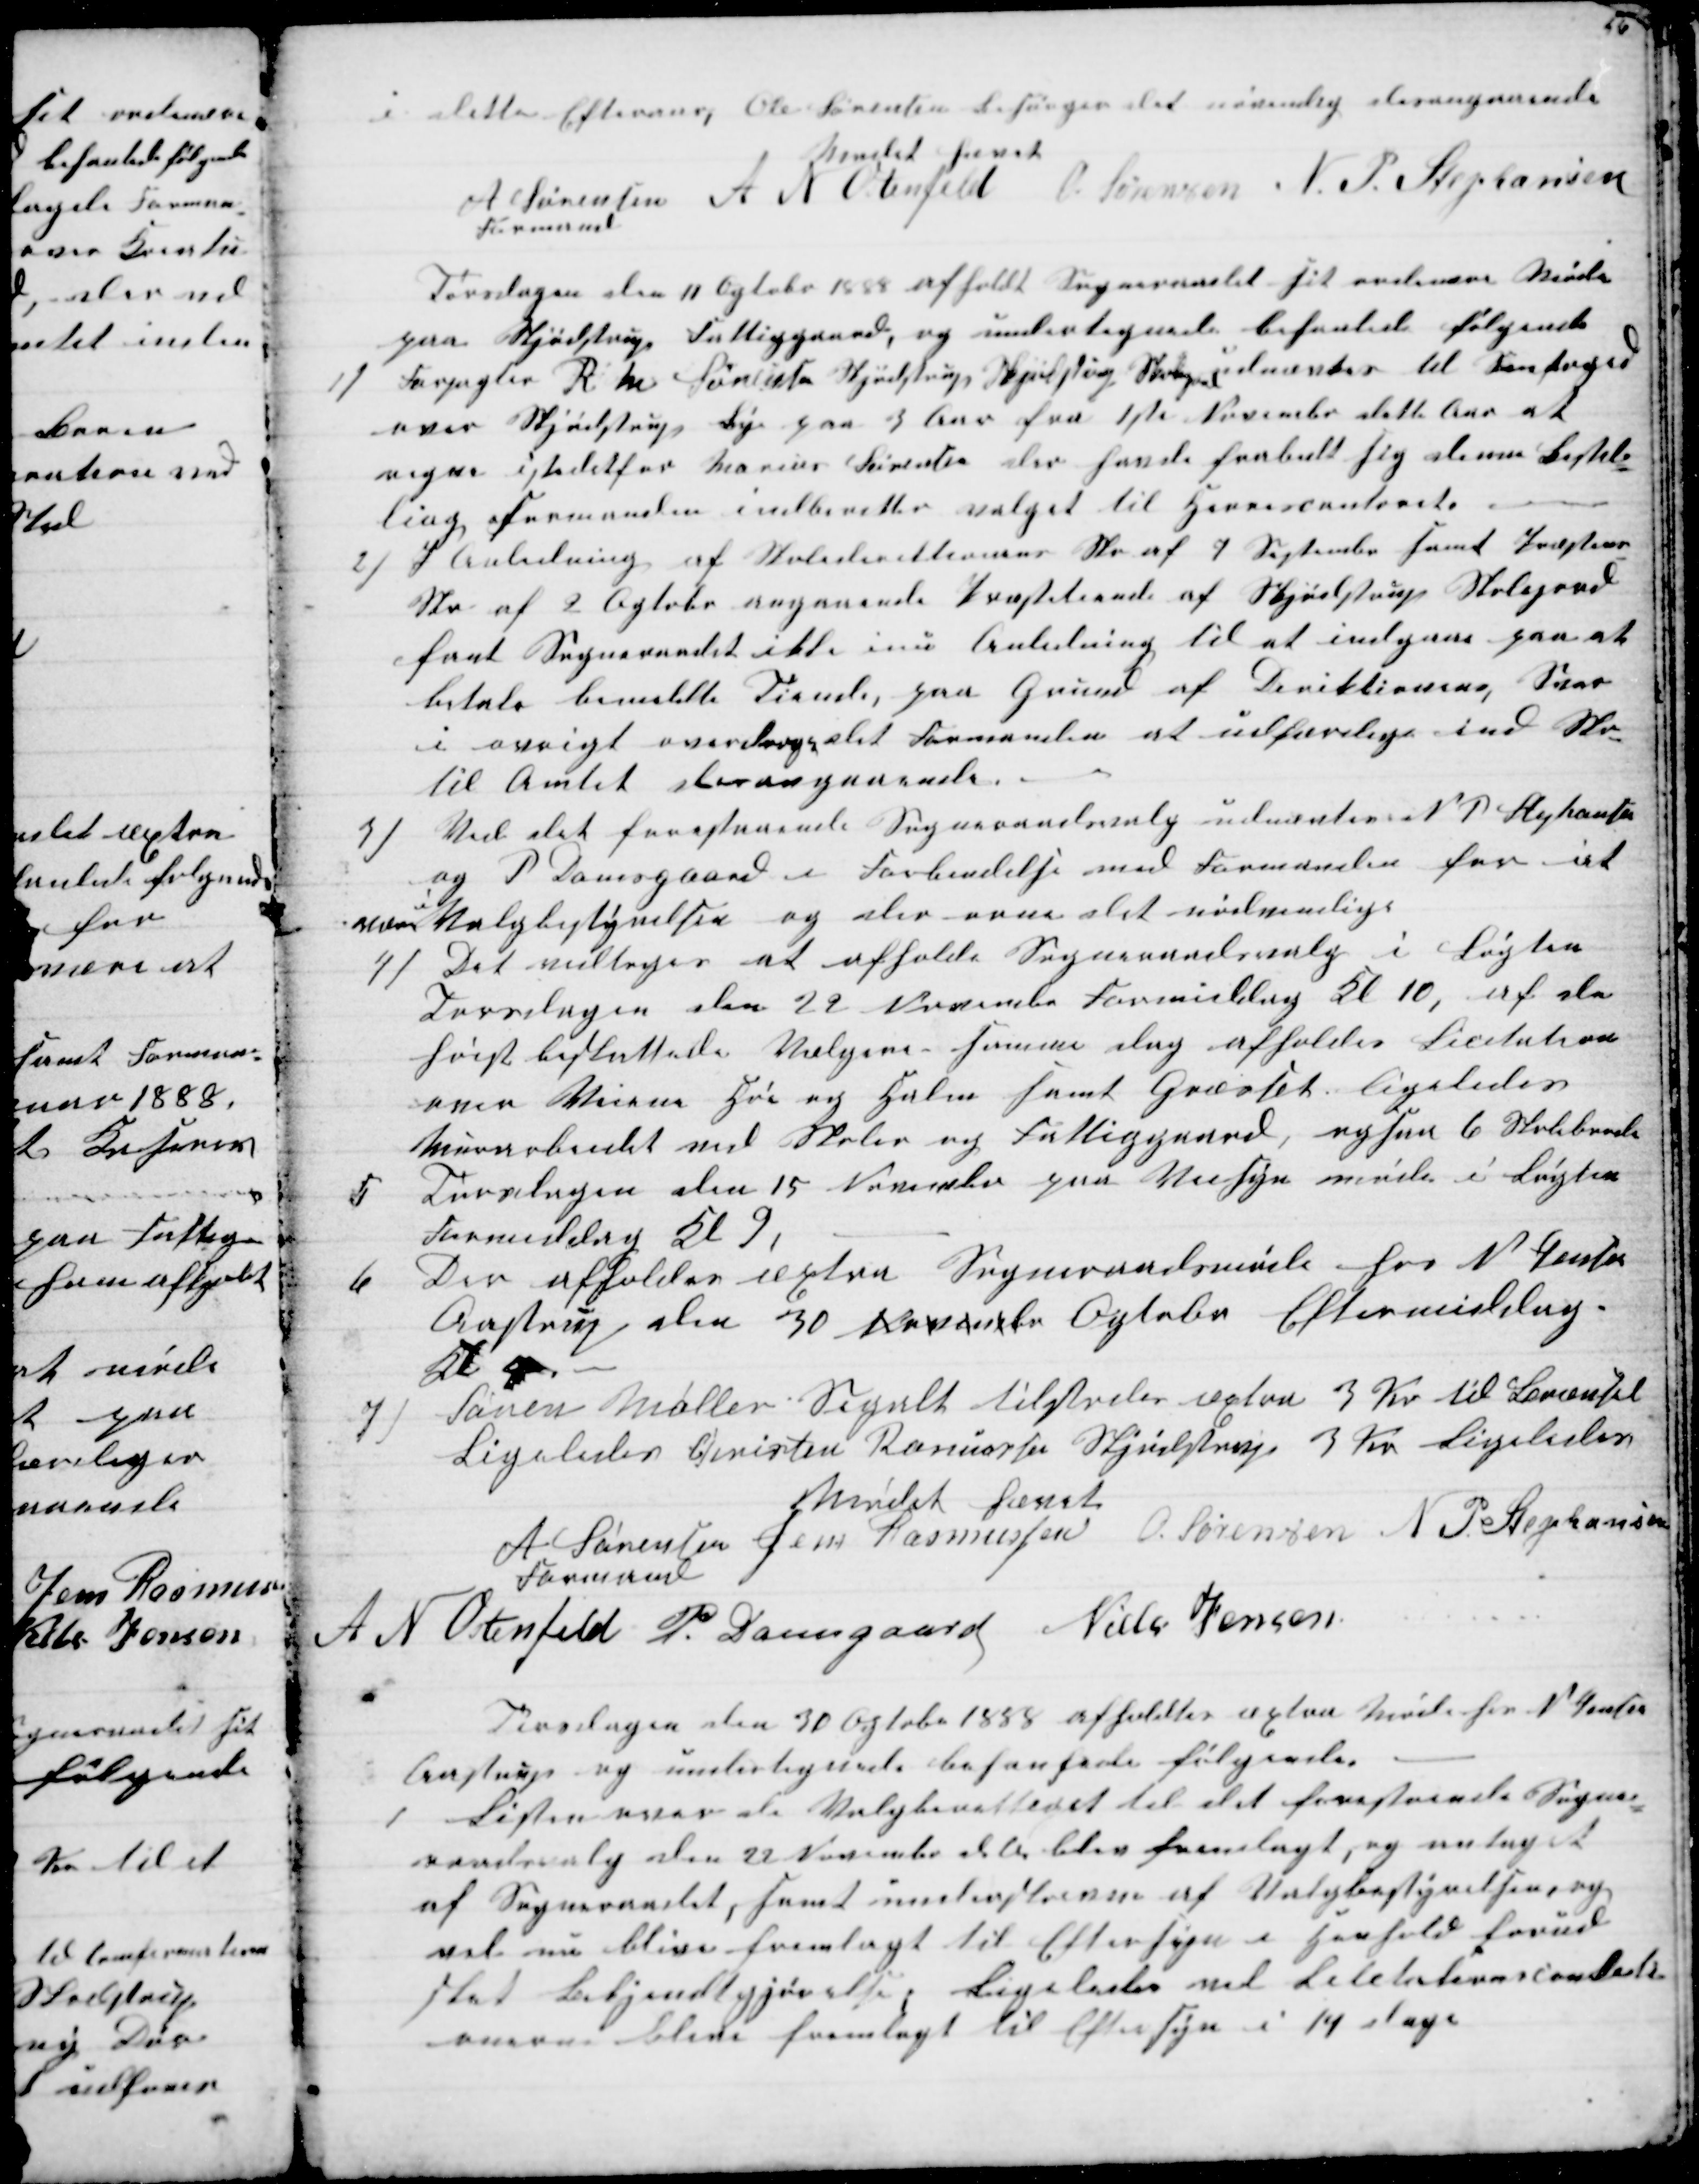
Transskription:
i dette Efteraar, Ole Sørensen Besørger det nøvendig desangaaende
Mødet hævet
A Sørensen 
Formand
A N Ostenfeld O. Sørensen N P. Stephansen
Torsdagen den 11 Ogtobr 1888 afholdt Sogneraadet sit ordinære Møde
paa Skjødstrup Fattiggaard, og undertegnede behanlede følgende
1)
Forpagter Rasmus Sørensen Skjødstrup Præstegaard
udnævtes til Snefoged
over Skjødstrup Bye paa 3 har fra 1ste November dette Aar at
regne istedetfor Marius Sørensen der havde frabedt sig denne Bestil-
ling Formanden indberetter valget til Herrescontoret
2)
I Anledning af Skoledirektionens Skr af 7 September samt Præstens
Skr af 2 Ogtobr angaaende Præstetiende af Skjødstrup Skolegaard
fant Sogneraadet ikke inu Anledning til at indgaa paa at
betale bemeldte Tiende, paa Grund af Direktionens Svar
i øvrigt overdroges det Formanden at udfærdige ind Skr
til Amtet desangaaende.
3)
Ved det forestaaende Sogneraadsvalg udnævtes N. P. Stephansen
og P Damsgaard i Forbindelse med Formanden for at
være
i
Valgbestyrelsen og der orne det nødvendige
4)
Det vedtoges at afholde Sogneraadsvalg i Løgten
Torsdagen den 29 November Formiddag Kl 10, af de
høist beskattede Vælgere - samme dag afholdes Licitation
over Veiene Hø og Halm samt Græsset, ligeledes
Murerarbeidet ved Skoler og Fattiggaard, ogsaa 6 Skoleborde
5
Torsdagen den 15 November paa Veisyn møde i Løgten
Formiddag Kl 9.
6
Der afholdes æxtra Sogneraadsmøde hos N. Jensen
Aastrup den 30 November Ogtober Eftermiddag
Kl 4
7)
Søren Møller Segalt tilstodes æxtra 3 Kr til Brændsel
Ligeledes Christen Rasmussen Skjødstrup 3 Kr. Ligeledes
Mødet hævet
A Sørensen 
Formand
Jens Rasmussen O. Sørensen N P Stephansen
A N Ostenfeld P. Damsgaard Niels Jensen
Torsdagen den 30 Ogtobr 1888 afholdtes æxtra Møde hos N. Jensen
Aastrup og undertegnede behanlede følgende.
1
Listen over de Valgberettiget til det forestaaede Sogne-
raadsvalg de 22 Novembr d.A. blev fremlagt, og antaget
af Sogneraadet, samt underskreven af Valgbestyrelsen, og
vil nu blive fremlagt til Eftersyn i Henhold forud
sket Bekjendtgjørelse. Ligeledes vil Licitationsconditi-
onerne blive fremlagt til Eftersyn i 14 dage